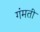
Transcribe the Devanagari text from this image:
गंमती